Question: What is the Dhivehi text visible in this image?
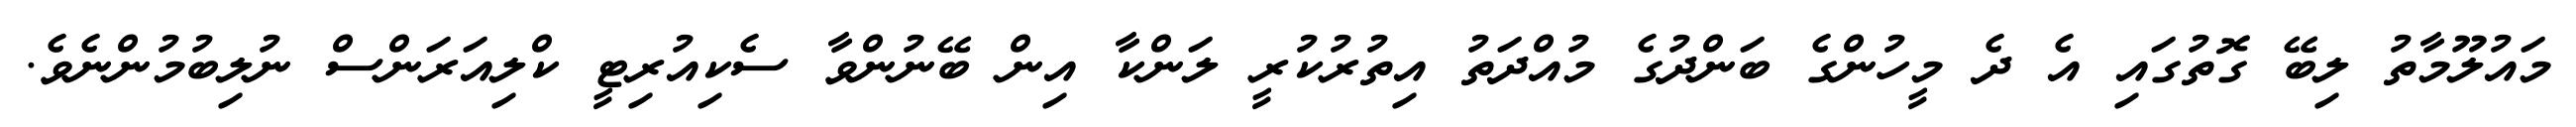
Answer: މައުލޫމާތު ލިބޭ ގޮތުގައި އެ ދެ މީހުންގެ ބަންދުގެ މުއްދަތު އިތުރުކުރީ ލަންކާ އިން ބޭނުންވާ ސެކިއުރިޓީ ކްލިއަރަންސް ނުލިބުމުންނެވެ.